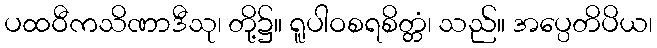
ပထဝီကသိဏာဒီသု၊ တို့၌။ ရူပါဝစရစိတ္တံ၊ သည်။ အပ္ပေတိပိယ၊